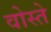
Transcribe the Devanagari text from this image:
वोस्ते